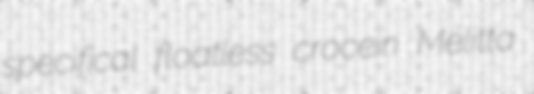
specifical floatless crocein Melitta